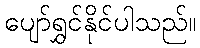
ပျော်ရွှင်နိုင်ပါသည်။